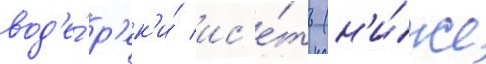
вод'е́ р'ек'и́ ис'е́ть (н'и́же